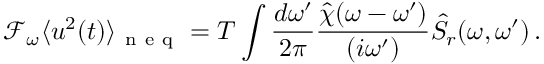
\mathcal { F } _ { \omega } \langle u ^ { 2 } ( t ) \rangle _ { \mathrm { ~ n ~ e ~ q ~ } } = T \int \frac { d \omega ^ { \prime } } { 2 \pi } \frac { \hat { \chi } ( \omega - \omega ^ { \prime } ) } { ( i \omega ^ { \prime } ) } \hat { S } _ { r } ( \omega , \omega ^ { \prime } ) \, .